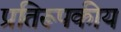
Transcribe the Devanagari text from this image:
प्रतिरूपकीय